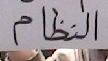
النظاام